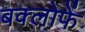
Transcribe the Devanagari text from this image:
बक्लोफें